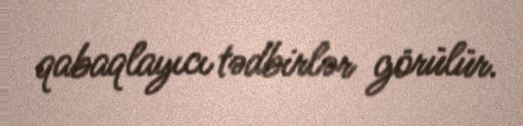
qabaqlayıcı tədbirlər görülür.